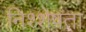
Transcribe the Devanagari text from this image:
निश्शेषता